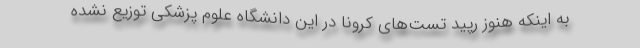
به اینکه هنوز رپید تست‌های کرونا در این دانشگاه علوم پزشکی توزیع نشده